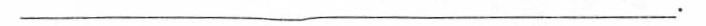
________________________________________。